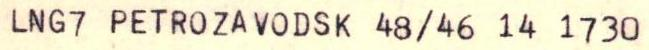
LNG7 PETROZAVODSK 48/46 14 1730